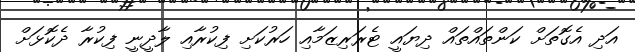
އަދި އެގޮތަށް ކަންތައްތައް ދިޔައީ ޓެރަރިޒަމާއި ހަރުކަށި ފިކުރާއި ލާދީނީ ފިކުރާ ދެކޮޅަށް